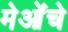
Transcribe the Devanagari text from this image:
मेओंचे